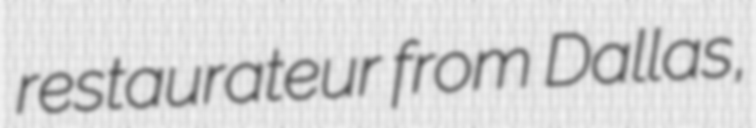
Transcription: restaurateur from Dallas,